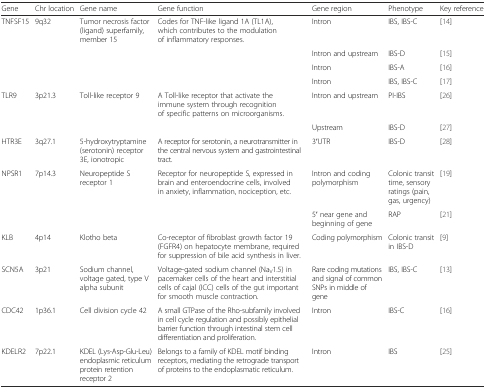
<table><thead><tr><td><b>Gene</b></td><td><b>Chr location</b></td><td><b>Gene name</b></td><td><b>Gene function</b></td><td><b>Gene region</b></td><td><b>Phenotype</b></td><td><b>Key reference</b></td></tr></thead><tbody><tr><td>TNFSF15</td><td>9q32</td><td>Tumor necrosis factor (ligand) superfamily, member 15</td><td>Codes for TNF-like ligand 1A (TL1A), which contributes to the modulation of inflammatory responses.</td><td>Intron</td><td>IBS, IBS-C</td><td>[14]</td></tr><tr><td></td><td></td><td></td><td></td><td>Intron and upstream</td><td>IBS-D</td><td>[15]</td></tr><tr><td></td><td></td><td></td><td></td><td>Intron</td><td>IBS-A</td><td>[16]</td></tr><tr><td></td><td></td><td></td><td></td><td>Intron</td><td>IBS, IBS-C</td><td>[17]</td></tr><tr><td>TLR9</td><td>3p21.3</td><td>Toll-like receptor 9</td><td>A Toll-like receptor that activate the immune system through recognition of specific patterns on microorganisms.</td><td>Intron and upstream</td><td>PI-IBS</td><td>[26]</td></tr><tr><td></td><td></td><td></td><td></td><td>Upstream</td><td>IBS-D</td><td>[27]</td></tr><tr><td>HTR3E</td><td>3q27.1</td><td>5-hydroxytryptamine (serotonin) receptor 3E, ionotropic</td><td>A receptor for serotonin, a neurotransmitter in the central nervous system and gastrointestinal tract.</td><td>3′UTR</td><td>IBS-D</td><td>[28]</td></tr><tr><td>NPSR1</td><td>7p14.3</td><td>Neuropeptide S receptor 1</td><td>Receptor for neuropeptide S, expressed in brain and enteroendocrine cells, involved in anxiety, inflammation, nociception, etc.</td><td>Intron and coding polymorphism</td><td>Colonic transit time, sensory ratings (pain, gas, urgency)</td><td>[19]</td></tr><tr><td></td><td></td><td></td><td></td><td>5′ near gene and beginning of gene</td><td>RAP</td><td>[21]</td></tr><tr><td>KLB</td><td>4p14</td><td>Klotho beta</td><td>Co-receptor of fibroblast growth factor 19 (FGFR4) on hepatocyte membrane, required for suppression of bile acid synthesis in liver.</td><td>Coding polymorphism</td><td>Colonic transit in IBS-D</td><td>[9]</td></tr><tr><td>SCN5A</td><td>3p21</td><td>Sodium channel, voltage gated, type V alpha subunit</td><td>Voltage-gated sodium channel (Na<sub>V</sub>1.5) in pacemaker cells of the heart and interstitial cells of cajal (ICC) cells of the gut important for smooth muscle contraction.</td><td>Rare coding mutations and signal of common SNPs in middle of gene</td><td>IBS, IBS-C</td><td>[13]</td></tr><tr><td>CDC42</td><td>1p36.1</td><td>Cell division cycle 42</td><td>A small GTPase of the Rho-subfamily involved in cell cycle regulation and possibly epithelial barrier function through intestinal stem cell differentiation and proliferation.</td><td>Intron</td><td>IBS-C</td><td>[16]</td></tr><tr><td>KDELR2</td><td>7p22.1</td><td>KDEL (Lys-Asp-Glu-Leu) endoplasmic reticulum protein retention receptor 2</td><td>Belongs to a family of KDEL motif binding receptors, mediating the retrograde transport of proteins to the endoplasmatic reticulum.</td><td>Intron</td><td>IBS</td><td>[25]</td></tr></tbody></table>